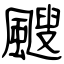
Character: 颼